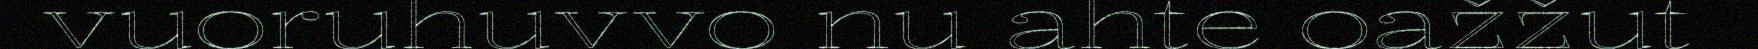
vuoruhuvvo nu ahte oažžut